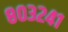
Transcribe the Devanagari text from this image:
८०३२४१